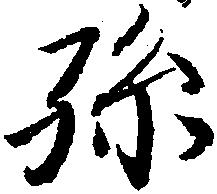
孫